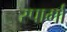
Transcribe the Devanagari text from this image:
स्पार्गा